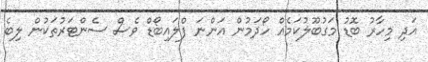
އަދި މިހާރު ބޮޑު މަގުބޫލުކަމެއް ހޯދަމުން އަންނަ ފްލައިބޯޑް ވެސް ސެންޓަރުތަކުން ލިބެ